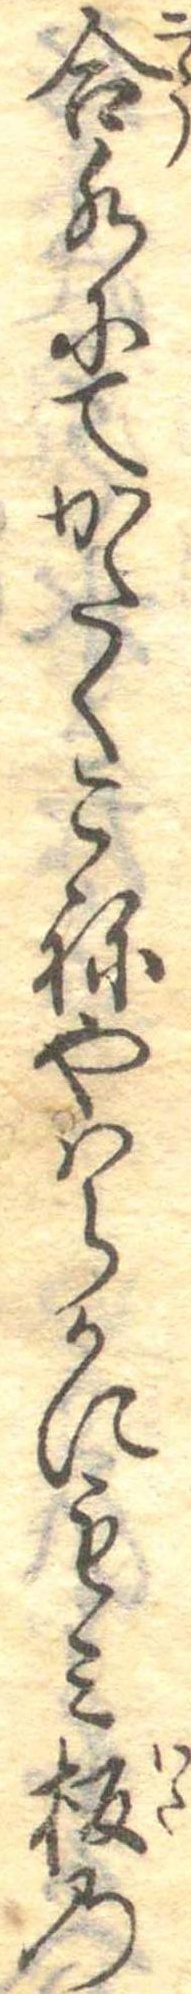
合水にてかたくこねやはらかにもみ板の